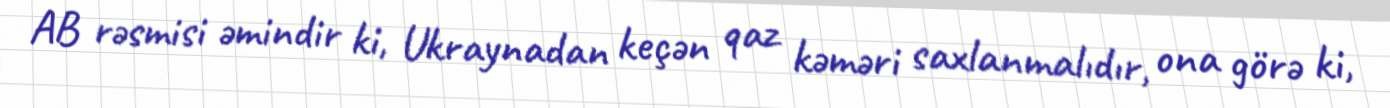
AB rəsmisi əmindir ki, Ukraynadan keçən qaz kəməri saxlanmalıdır, ona görə ki,